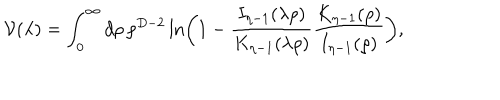
{ \cal V } ( \lambda ) = \int _ { 0 } ^ { \infty } d \rho \, \rho ^ { D - 2 } \ln \left( 1 - { \frac { I _ { \eta - 1 } ( \lambda \rho ) } { K _ { \eta - 1 } ( \lambda \rho ) } } { \frac { K _ { \eta - 1 } ( \rho ) } { I _ { \eta - 1 } ( \rho ) } } \right) ,